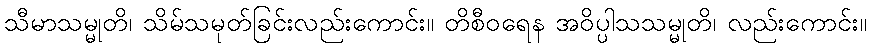
သီမာသမ္မုတိ၊ သိမ်သမုတ်ခြင်းလည်းကောင်း။ တိစီဝရေန အဝိပ္ပါသသမ္မုတိ၊ လည်းကောင်း။